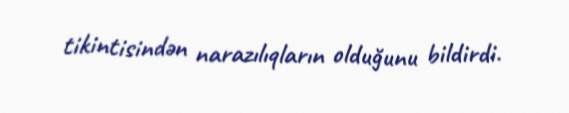
tikintisindən narazılıqların olduğunu bildirdi.